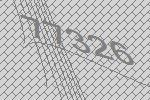
77326